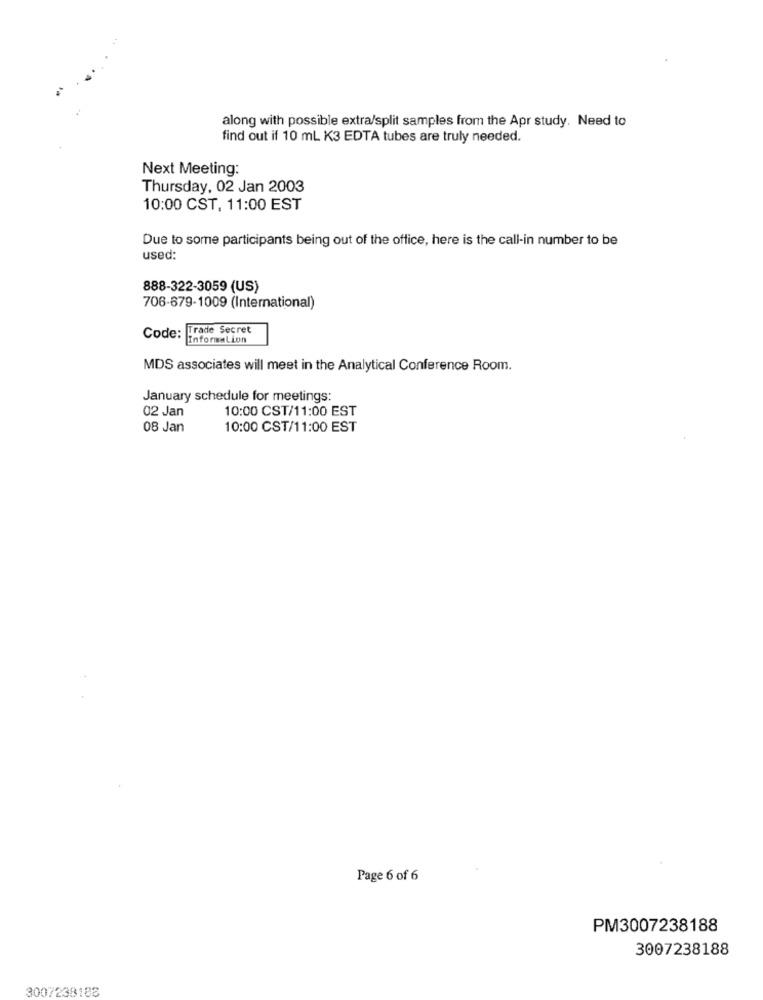
along with possible extra/split samples from the Apr study. Need to
find out if 10 ml K3 EDTA tubes are truly needed.
Next Meeting:
Thursday, 02 Jan 2003
10:00 CST, 11:00 EST
Due to some participants being out of the office, here is the call-in number to be
used:
888-322-3059 (US)
706-679-1009 (International)
Code: Trade Secret
InformaLion
MDS associates will meet in the Analytical Conference Room.
January schedule for meetings:
02 Jan
10:00 CST/11:00 EST
08 Jan
10:00 CST/11:00 EST
Page 6 of 6
PM3007238188
3007238188
3007238188